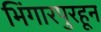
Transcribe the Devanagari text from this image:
भिंगारपुरहून